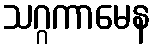
သဂ္ဂကာမေန